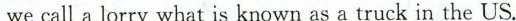
we call a lorry what is known as a truck in the US.